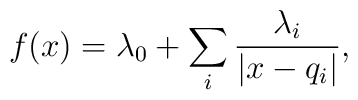
f(x )=\lambda_0+\sum_i {\lambda_i \over |x -q_i|},